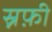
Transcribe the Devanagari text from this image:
स्नफ़ी